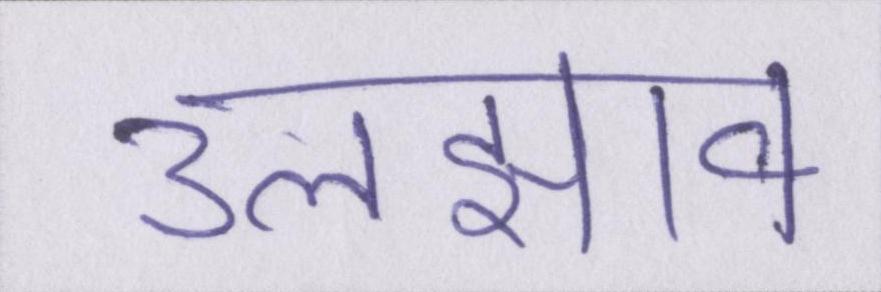
उलझाव